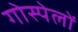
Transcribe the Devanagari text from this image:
गोस्पेलों